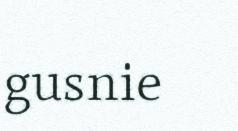
gusnie